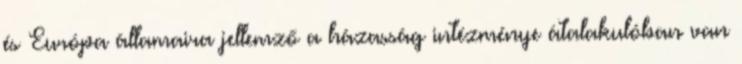
és Európa államaira jellemző a házasság intézménye átalakulóban van